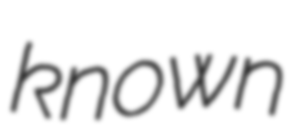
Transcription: known